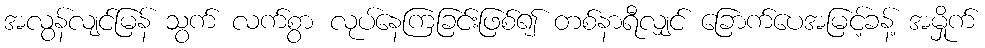
အလွန်လျင်မြန် သွက် လက်စွာ လုပ်နေကြခြင်းဖြစ်၍ တစ်နာရီလျှင် ခြောက်ပေအမြင့်ခန့် အမှိုက်